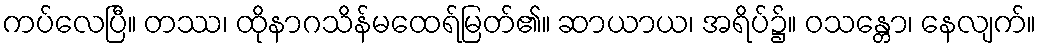
ကပ်လေပြီ။ တဿ၊ ထိုနာဂသိန်မထေရ်မြတ်၏။ ဆာယာယ၊ အရိပ်၌။ ဝသန္တော၊ နေလျက်။